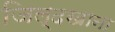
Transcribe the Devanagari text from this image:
जिल्दखाना